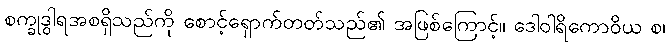
စက္ခုဒွါရအစရှိသည်ကို စောင့်ရှောက်တတ်သည်၏ အဖြစ်ကြောင့်။ ဒေါဝါရိကောဝိယ စ၊